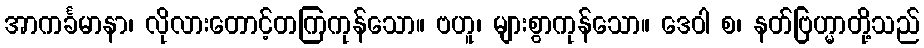
အာကင်္ခမာနာ၊ လိုလားတောင့်တကြကုန်သော။ ဗဟူ၊ များစွာကုန်သော။ ဒေဝါ စ၊ နတ်ဗြဟ္မာတို့သည်